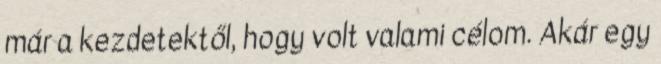
már a kezdetektől, hogy volt valami célom. Akár egy